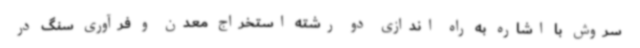
سروش با اشاره به راه اندازی دو رشته استخراج معدن و فرآوری سنگ در